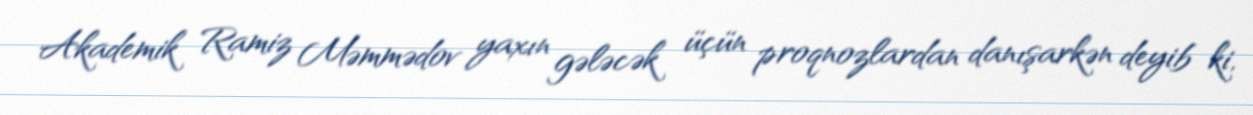
Akademik Ramiz Məmmədov yaxın gələcək üçün proqnozlardan danışarkən deyib ki,